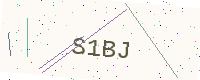
Text: S1BJ